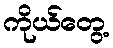
ကိုယ်တွေ့